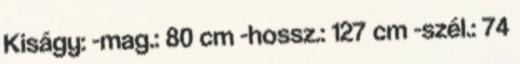
Kiságy: -mag.: 80 cm -hossz.: 127 cm -szél.: 74